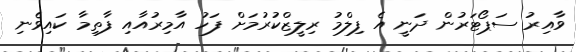
ވާއިރު ސަޕޯޓަރުން ދަނީ އެ ފިލްމު ރިލީޒްކުރުމަށް ފަހު އާމިރުއާއި ފާތިމާ ކައިވެނި